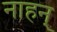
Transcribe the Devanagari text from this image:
नाहन्